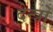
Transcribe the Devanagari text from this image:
देन्त्रो